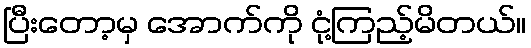
ပြီးတော့မှ အောက်ကို ငုံ့ကြည့်မိတယ်။